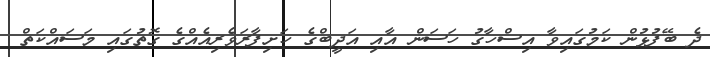
ދެ ބޭފުޅުން ކަމުގައިވާ އިސްހާގު ހަސަން އާއި އަދީބްގެ ހަށިފާރަވެރިއެއްގެ ގޮތުގައި މަސައްކަތް